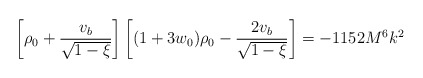
\begin{align*}\left[\rho_0 + \frac{v_b}{\sqrt{1 - \xi}}\right]\left[(1 + 3 w_0) \rho_0 - \frac{2 v_b}{\sqrt{1 - \xi}} \right] = -1152 M^6 k^2\end{align*}